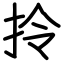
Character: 拎